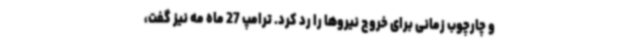
و چارچوب زمانی برای خروج نیروها را رد کرد. ترامپ 27 ماه مه نیز گفت،